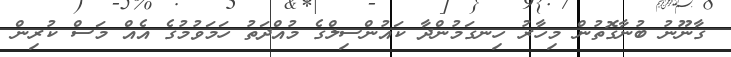
ގާނޫނު ބުނާގޮތުން މިހާރު ހިނގަމުންދާ ކައުންސިލްގެ މުއްދަތު ހަމަވުމުގެ އެއް މަސް ކުރިން